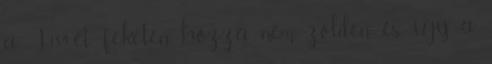
a T384-et, feketén hozza nem zölden, és így a